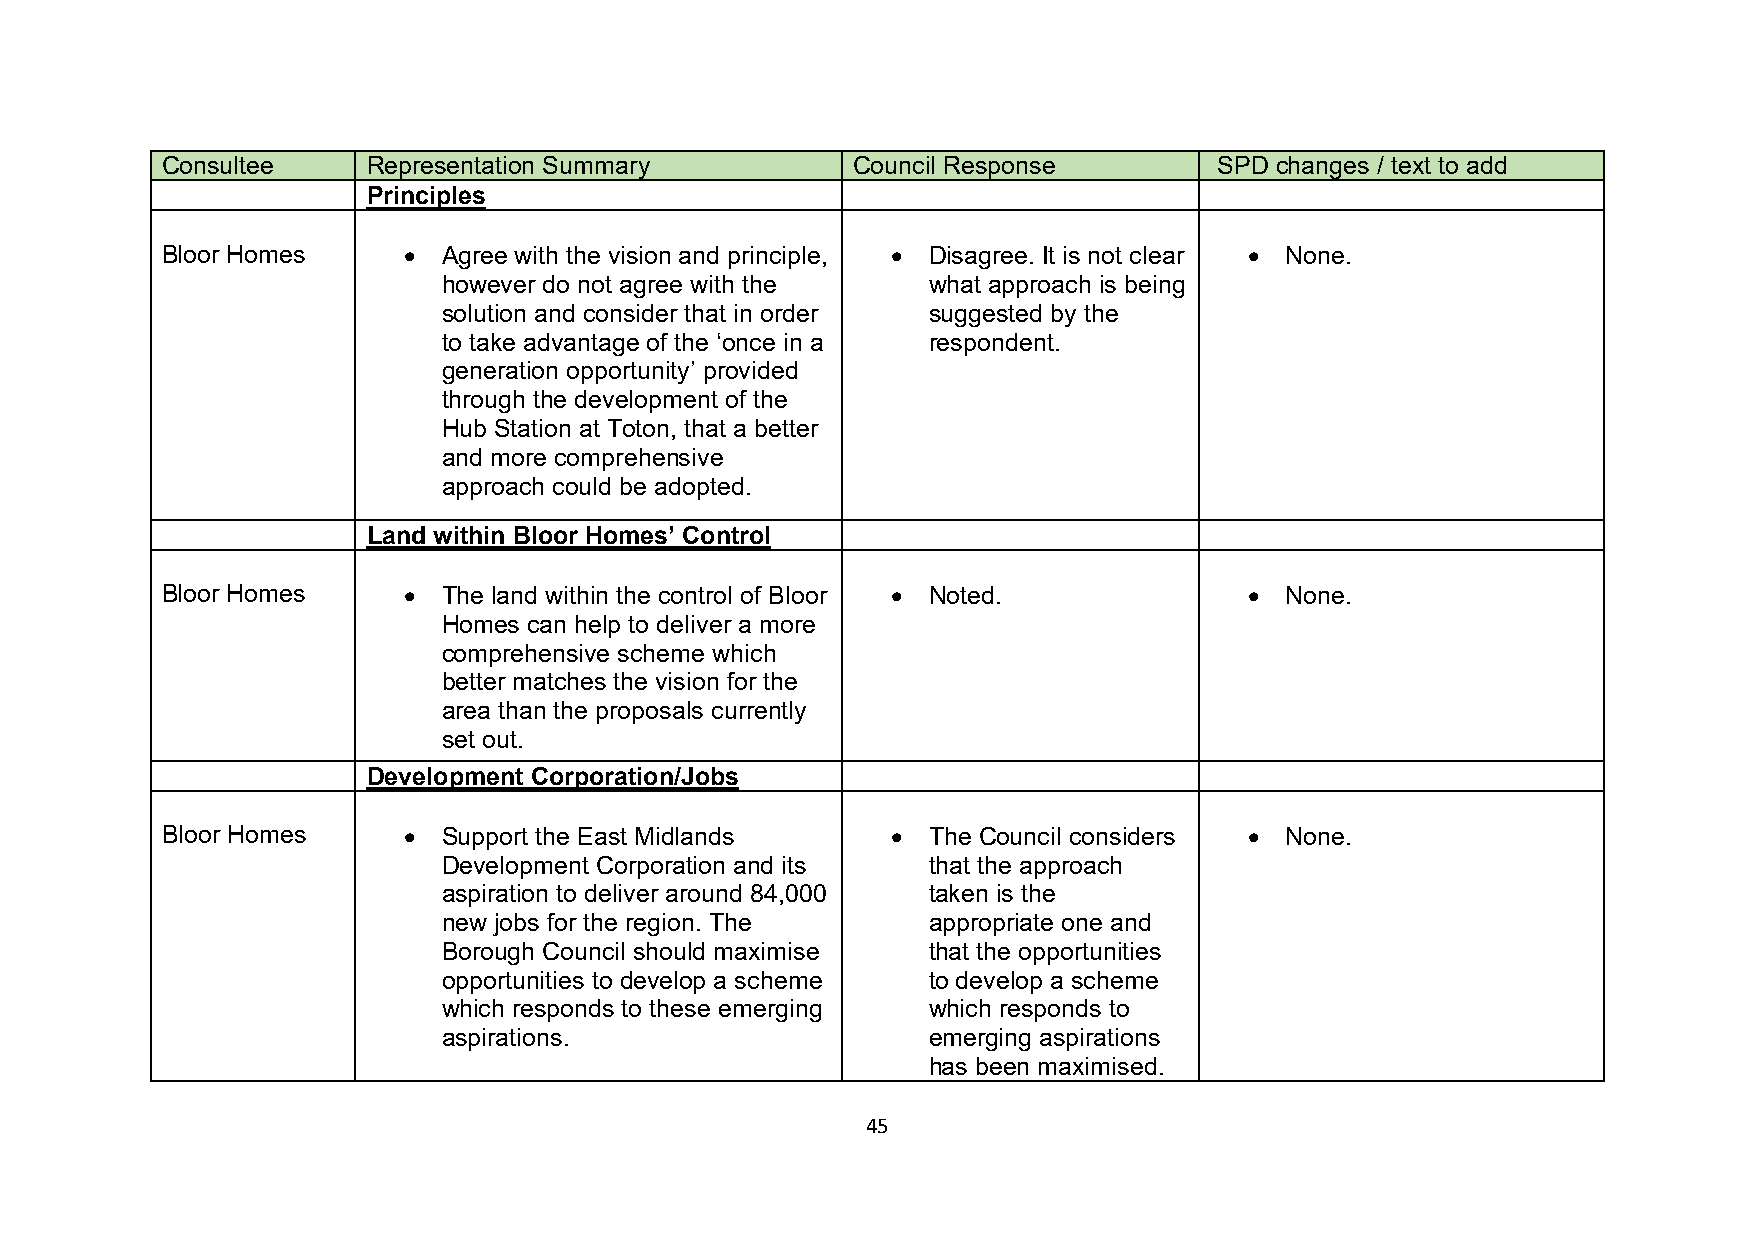
Consultee    Representation Summary          Council Response         SPD changes / text to add
 Principles
 Bloor Homes     • Agree with the vision and principle, • Disagree. It is not clear • None.
 however do not agree with the   what approach is being
 solution and consider that in order suggested by the
 to take advantage of the ‘once in a respondent.
 generation opportunity’ provided
 through the development of the
 Hub Station at Toton, that a better
 and more comprehensive
 approach could be adopted.
 Land within Bloor Homes’ Control
 Bloor Homes     • The land within the control of Bloor • Noted.         • None.
 Homes can help to deliver a more
 comprehensive scheme which
 better matches the vision for the
 area than the proposals currently
 set out.
 Development Corporation/Jobs
 Bloor Homes     • Support the East Midlands     • The Council considers • None.
 Development Corporation and its that the approach
 aspiration to deliver around 84,000 taken is the
 new jobs for the region. The    appropriate one and
 Borough Council should maximise that the opportunities
 opportunities to develop a scheme to develop a scheme
 which responds to these emerging which responds to
 aspirations.                    emerging aspirations
 has been maximised.
 45